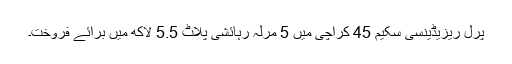
پرل ریزیڈینسی سکیم 45 کراچی میں 5 مرلہ رہائشی پلاٹ 5.5 لاکھ میں برائے فروخت۔